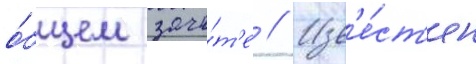
о́бщем зачё́т'е // Изв'е́ст'ен